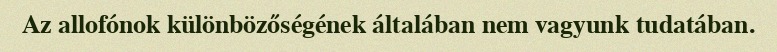
Az allofónok különbözőségének általában nem vagyunk tudatában.